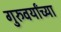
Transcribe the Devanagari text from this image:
गुरुवर्यांच्या